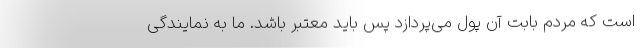
است که مردم بابت آن پول می‌پردازد پس باید معتبر باشد. ما به نمایندگی